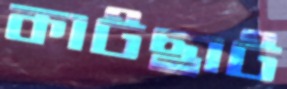
কাটছাট